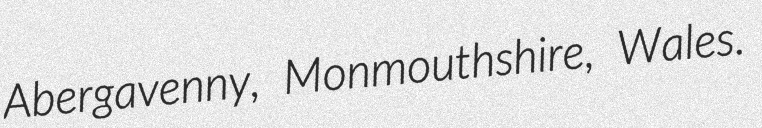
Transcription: Abergavenny, Monmouthshire, Wales.